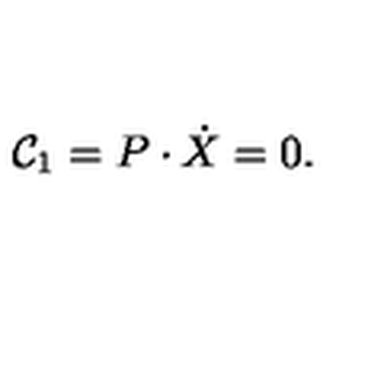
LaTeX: { \cal C } _ { 1 } = P \cdot \dot { X } = 0 .